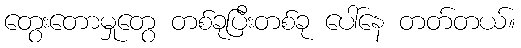
တွေးတောမှုတွေ တစ်ခုပြီးတစ်ခု ပေါ်နေ တတ်တယ်။